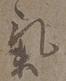
気